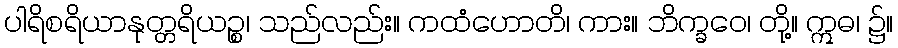
ပါရိစရိယာနုတ္တရိယဉ္စ၊ သည်လည်း။ ကထံဟောတိ၊ ကား။ ဘိက္ခဝေ၊ တို့။ ဣဓ၊ ၌။